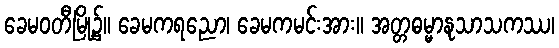
ခေမဝတီမြို့၌။ ခေမကရညော၊ ခေမကမင်းအား။ အတ္တဓမ္မာနုသာသကဿ၊